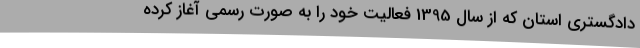
دادگستری استان که از سال 1395 فعالیت خود را به صورت رسمی آغاز کرده